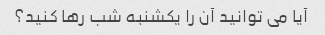
آیا می توانید آن را یکشنبه شب رها کنید؟